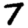
Digit: 7